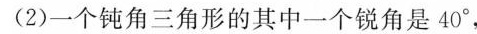
(2)一个钝角三角形的其中一个锐角是40°，